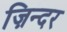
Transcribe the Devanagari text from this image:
ज़िन्दर